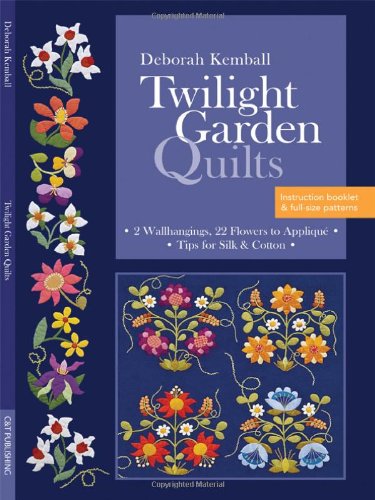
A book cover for Twilight Garden Quilts: 2 Wallhangings, 22 Flowers to AppliquÃ©  Tips for Silk & Cotton; Deborah Kemball; Crafts, Hobbies & Home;